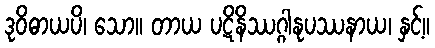
ဒုဝိဓာယပိ၊ သော။ တာယ ပဋိနိဿဂ္ဂါနုပဿနာယ၊ နှင့်။